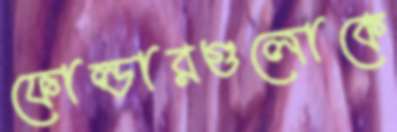
ফোল্ডারগুলোকে